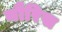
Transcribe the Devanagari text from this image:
नौरिस